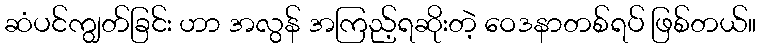
ဆံပင်ကျွတ်ခြင်း ဟာ အလွန် အကြည့်ရဆိုးတဲ့ ဝေဒနာတစ်ရပ် ဖြစ်တယ်။